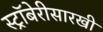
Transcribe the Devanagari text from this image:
स्ट्रॉबेरीसारखी